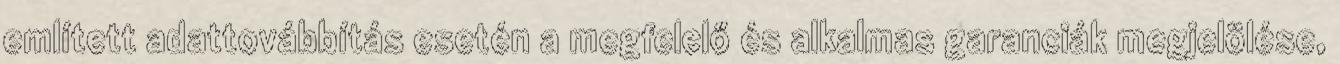
említett adattovábbítás esetén a megfelelő és alkalmas garanciák megjelölése,